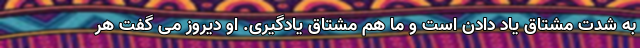
به شدت مشتاق یاد دادن است و ما هم مشتاق یادگیری. او دیروز می گفت هر